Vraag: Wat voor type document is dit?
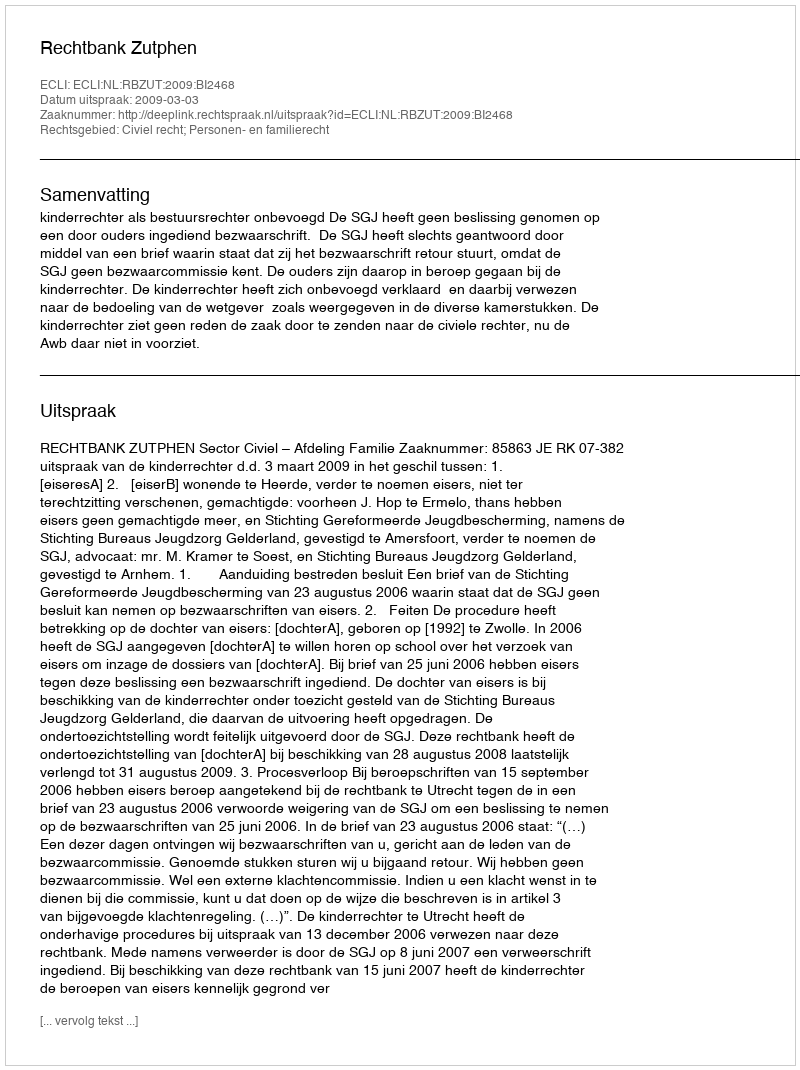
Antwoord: Uitspraak